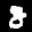
Label: 8